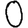
Digit: 0